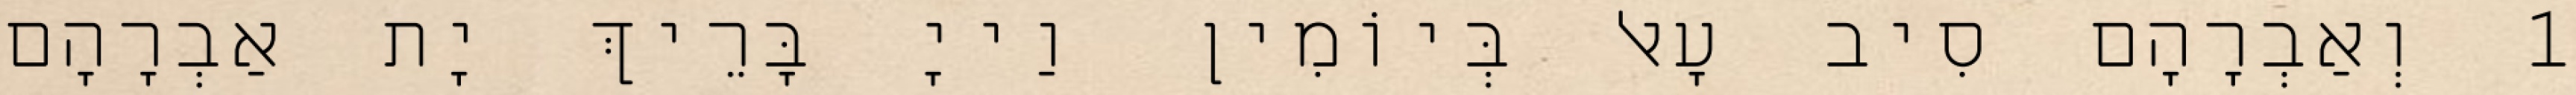
1 וְאַבְרָהָם סִיב עָאל בְּיוֹמִין וַייָ בָּרֵיךְ יָת אַבְרָהָם